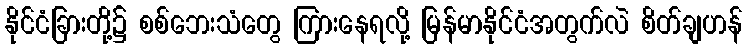
နိုင်ငံခြားတို့၌ စစ်ဘေးသံတွေ ကြားနေရလို့ မြန်မာနိုင်ငံအတွက်လဲ စိတ်ချဟန်